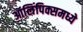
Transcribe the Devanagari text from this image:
ऑलिंपिक्समध्ये